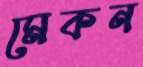
মেকন